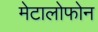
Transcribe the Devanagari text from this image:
मेटालोफोन